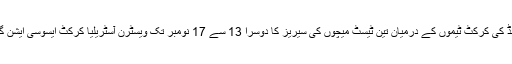
2015ء) آسٹریلیا اور نیوزی لینڈ کی کرکٹ ٹیموں کے درمیان تین ٹیسٹ میچوں کی سیریز کا دوسرا 13 سے 17 نومبر تک ویسٹرن آسٹریلیا کرکٹ ایسوسی ایشن گراؤنڈ، پرتھ میں کھیلا جائے گا۔